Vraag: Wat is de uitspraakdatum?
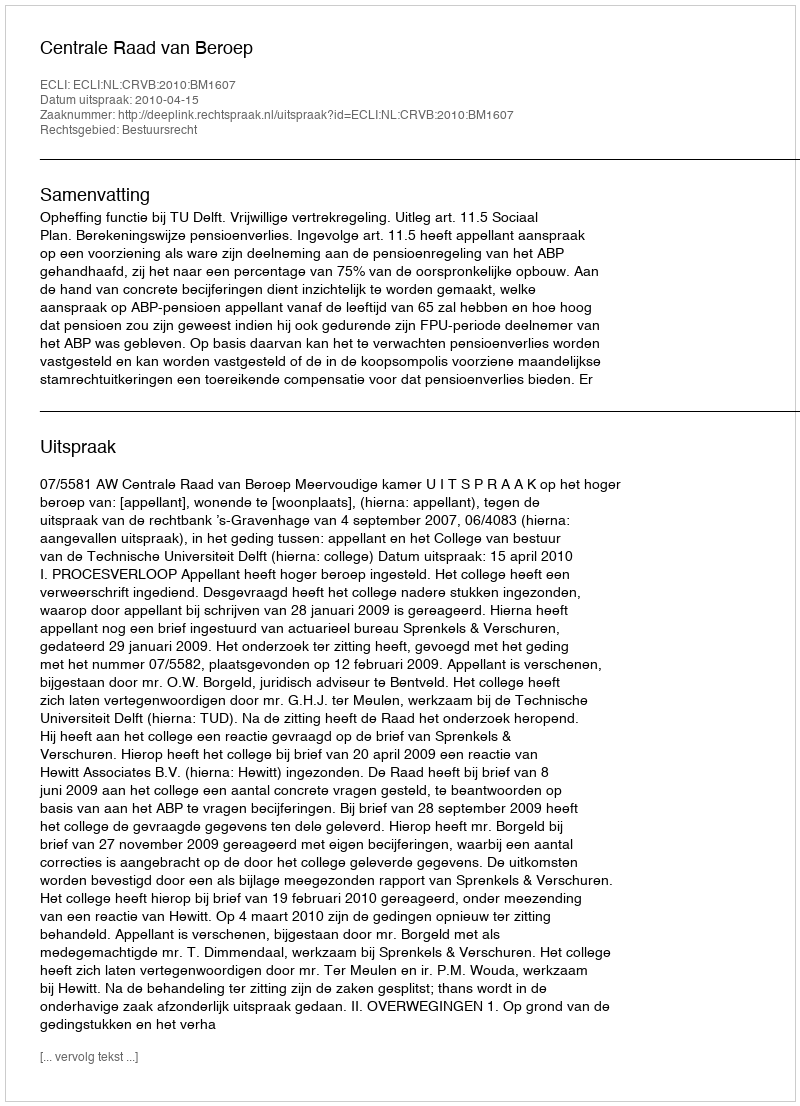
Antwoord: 2010-04-15